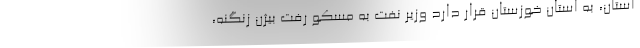
استان، به استان خوزستان قرار دارد وزیر نفت به مسکو رفت بیژن زنگنه،